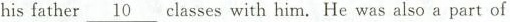
his father \underline{10} classes with himHe was also a part of